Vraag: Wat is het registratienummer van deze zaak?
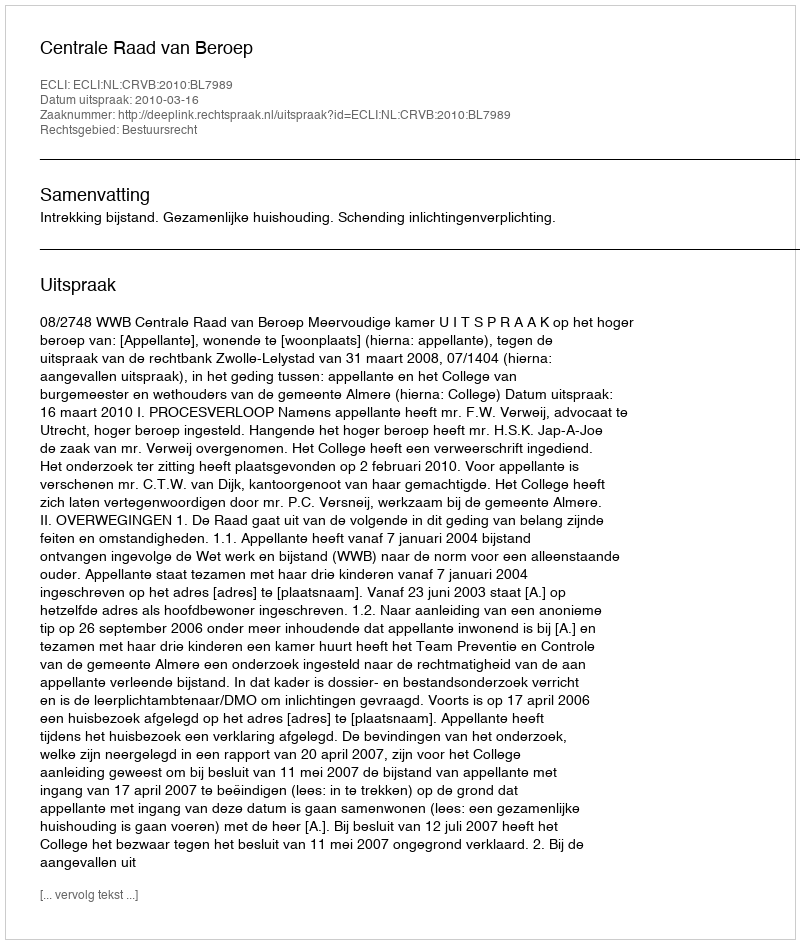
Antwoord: http://deeplink.rechtspraak.nl/uitspraak?id=ECLI:NL:CRVB:2010:BL7989